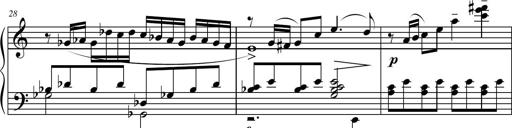
Title: Suite in the Old Style
Composer: Tyler Versluis